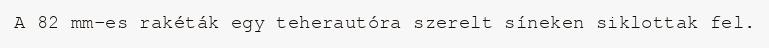
A 82 mm-es rakéták egy teherautóra szerelt síneken siklottak fel.